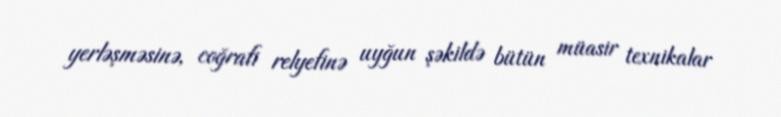
yerləşməsinə, coğrafi relyefinə uyğun şəkildə bütün müasir texnikalar